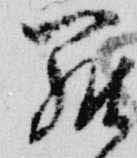
羅